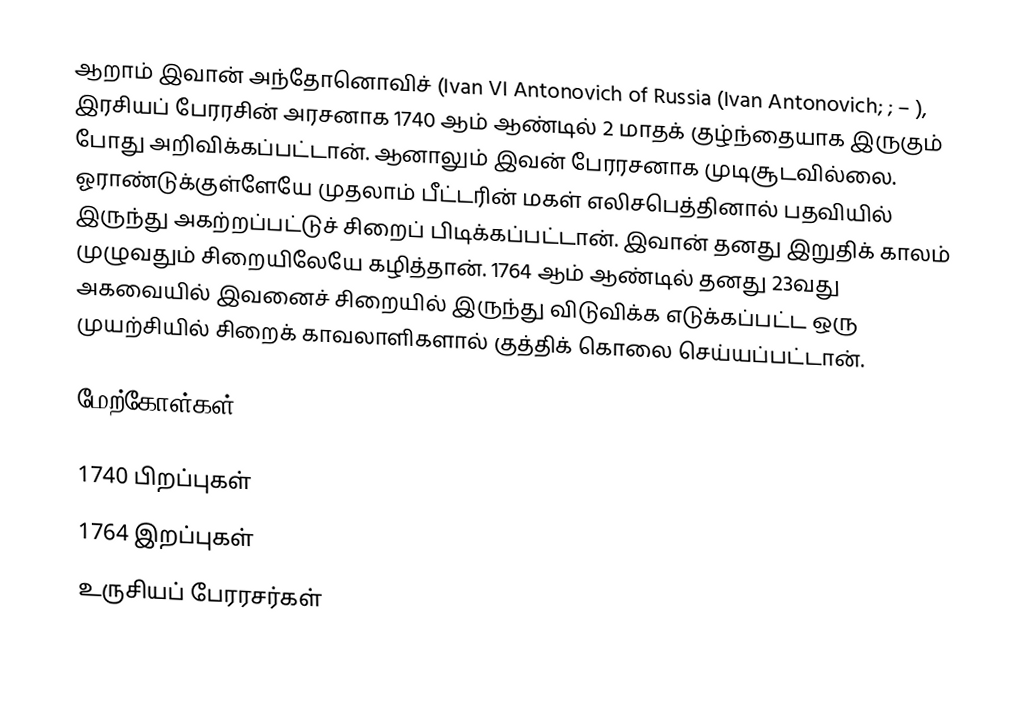
ஆறாம் இவான் அந்தோனொவிச் (Ivan VI Antonovich of Russia (Ivan Antonovich; ;  – ), இரசியப் பேரரசின் அரசனாக 1740 ஆம் ஆண்டில் 2 மாதக் குழ்ந்தையாக இருகும் போது அறிவிக்கப்பட்டான். ஆனாலும் இவன் பேரரசனாக முடிசூடவில்லை. ஓராண்டுக்குள்ளேயே முதலாம் பீட்டரின் மகள் எலிசபெத்தினால் பதவியில் இருந்து அகற்றப்பட்டுச் சிறைப் பிடிக்கப்பட்டான். இவான் தனது இறுதிக் காலம் முழுவதும் சிறையிலேயே கழித்தான். 1764 ஆம் ஆண்டில் தனது 23வது அகவையில் இவனைச் சிறையில் இருந்து விடுவிக்க எடுக்கப்பட்ட ஒரு முயற்சியில் சிறைக் காவலாளிகளால் குத்திக் கொலை செய்யப்பட்டான்.

மேற்கோள்கள்

1740 பிறப்புகள்
1764 இறப்புகள்
உருசியப் பேரரசர்கள்